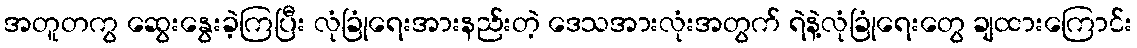
အတူတကွ ဆွေးနွေးခဲ့ကြပြီး လုံခြုံရေးအားနည်းတဲ့ ဒေသအားလုံးအတွက် ရဲနဲ့လုံခြုံရေးတွေ ချထားကြောင်း